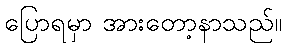
ပြောရမှာ အားတော့နာသည်။